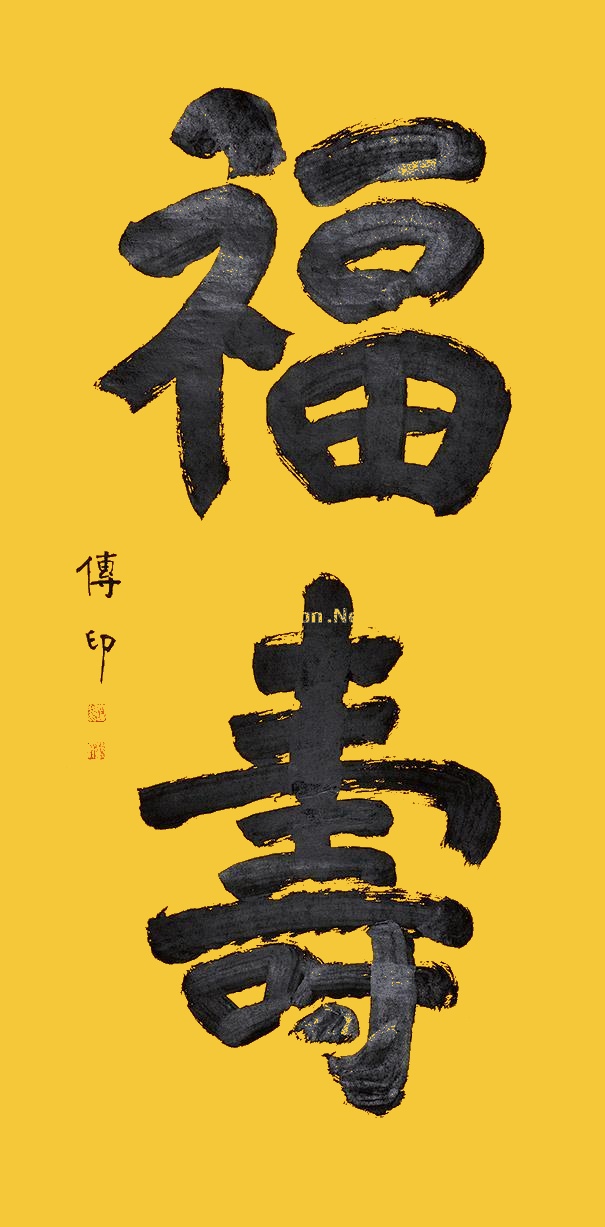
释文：福寿传印。